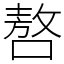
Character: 嗸